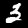
Label: 3